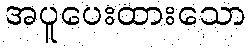
အပူပေးထားသော